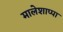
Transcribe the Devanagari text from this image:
मालेशाप्पा